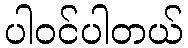
ပါဝင်ပါတယ်